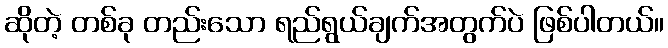
ဆိုတဲ့ တစ်ခု တည်းသော ရည်ရွယ်ချက်အတွက်ပဲ ဖြစ်ပါတယ်။